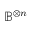
\mathbb { B } ^ { \otimes n }